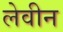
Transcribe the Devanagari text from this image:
लेवीन